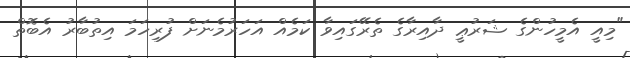
"މިއީ އެމީހުންގެ ޝަރުޢީ ދާއިރާގެ ތެރޭގައިވާ ކަމެއް އަހަރުމެނަށް ފުރިހަމަ އިތުބާރު އެބޮތް